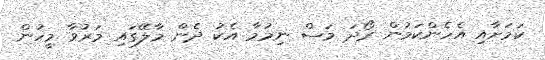
ކަމަށާއި އެހެންކަމުން ރޯދަ މަސް ނިމުމާ އެކު ދެން މާލޭގައި މަރުވާ މީހުން